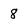
Character: 8